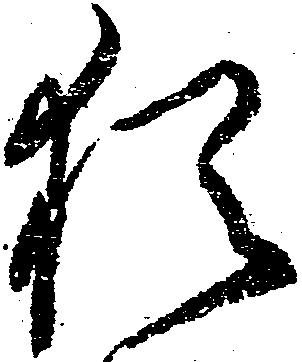
猶